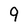
Character: 9